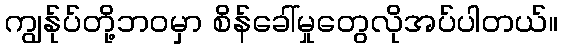
ကျွန်ုပ်တို့ဘဝမှာ စိန်ခေါ်မှုတွေလိုအပ်ပါတယ်။